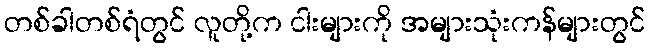
တစ်ခါတစ်ရံတွင် လူတို့က ငါးများကို အများသုံးကန်များတွင်